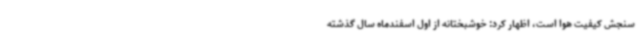
سنجش کیفیت هوا است، اظهار کرد: خوشبختانه از اول اسفندماه سال گذشته